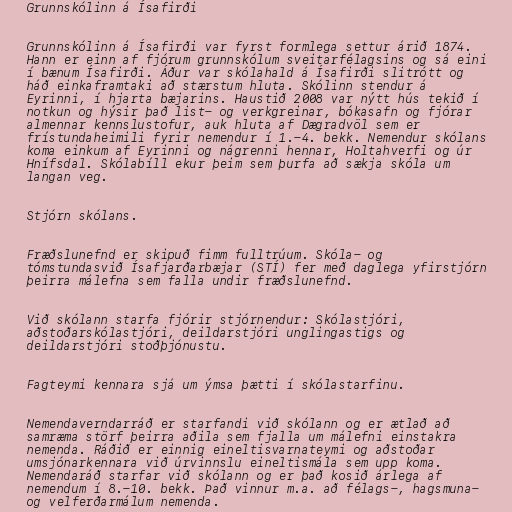
Grunnskólinn á Ísafirði

Grunnskólinn á Ísafirði var fyrst formlega settur árið 1874.
Hann er einn af fjórum grunnskólum sveitarfélagsins og sá eini
í bænum Ísafirði. Áður var skólahald á Ísafirði slitrótt og
háð einkaframtaki að stærstum hluta. Skólinn stendur á
Eyrinni, í hjarta bæjarins. Haustið 2008 var nýtt hús tekið í
notkun og hýsir það list- og verkgreinar, bókasafn og fjórar
almennar kennslustofur, auk hluta af Dægradvöl sem er
frístundaheimili fyrir nemendur í 1.-4. bekk. Nemendur skólans
koma einkum af Eyrinni og nágrenni hennar, Holtahverfi og úr
Hnífsdal. Skólabíll ekur þeim sem þurfa að sækja skóla um
langan veg.

Stjórn skólans.

Fræðslunefnd er skipuð fimm fulltrúum. Skóla- og
tómstundasvið Ísafjarðarbæjar (STÍ) fer með daglega yfirstjórn
þeirra málefna sem falla undir fræðslunefnd.

Við skólann starfa fjórir stjórnendur: Skólastjóri,
aðstoðarskólastjóri, deildarstjóri unglingastigs og
deildarstjóri stoðþjónustu.

Fagteymi kennara sjá um ýmsa þætti í skólastarfinu.

Nemendaverndarráð er starfandi við skólann og er ætlað að
samræma störf þeirra aðila sem fjalla um málefni einstakra
nemenda. Ráðið er einnig eineltisvarnateymi og aðstoðar
umsjónarkennara við úrvinnslu eineltismála sem upp koma.
Nemendaráð starfar við skólann og er það kosið árlega af
nemendum í 8.-10. bekk. Það vinnur m.a. að félags-, hagsmuna-
og velferðarmálum nemenda.